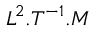
L ^ { 2 } . T ^ { - 1 } . M